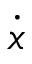
\dot { x }